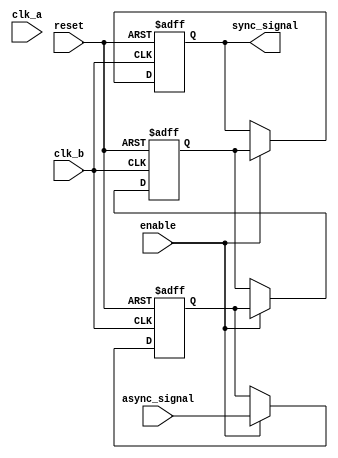
module signal_level_crossing_synchronizer #(
    parameter WIDTH = 1  // Parameter for the width of the asynchronous signal
)(
    input wire clk_a,             // Source clock
    input wire clk_b,             // Destination clock
    input wire reset,             // Reset signal
    input wire enable,            // Enable signal for synchronization
    input wire [WIDTH-1:0] async_signal, // Asynchronous input signal
    output reg [WIDTH-1:0] sync_signal // Synchronized output signal
);

    // Internal signals for the two stages of synchronization
    reg [WIDTH-1:0] dff_stage1;
    reg [WIDTH-1:0] dff_stage2;

    always @(posedge clk_b or posedge reset) begin
        if (reset) begin
            // Reset condition
            dff_stage1 <= {WIDTH{1'b0}};
            dff_stage2 <= {WIDTH{1'b0}};
            sync_signal <= {WIDTH{1'b0}};
        end else if (enable) begin
            // First stage of synchronization
            dff_stage1 <= async_signal;

            // Second stage of synchronization
            dff_stage2 <= dff_stage1;

            // Output the synchronized signal
            sync_signal <= dff_stage2;
        end
    end

endmodule